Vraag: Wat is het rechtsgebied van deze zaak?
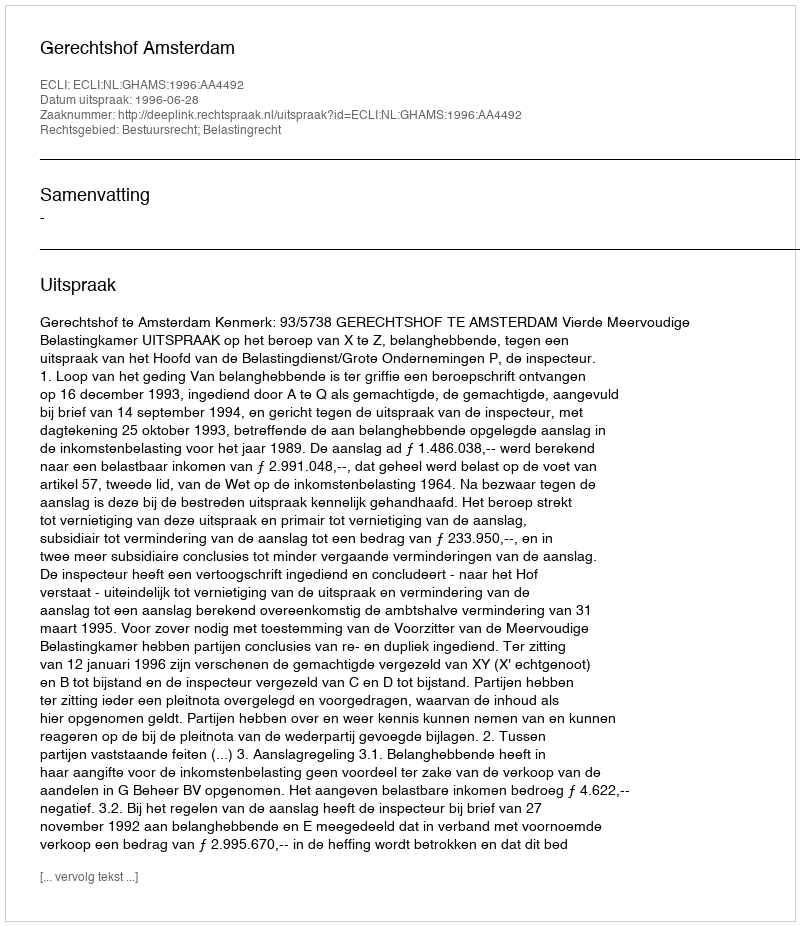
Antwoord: Bestuursrecht; Belastingrecht